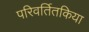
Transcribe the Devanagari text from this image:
परिवर्तितकिया